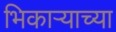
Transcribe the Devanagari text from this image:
भिकार्‍याच्या